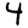
Digit: 4